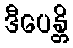
ဒီပေန္တိ